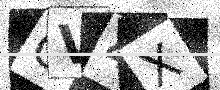
Text: OV4X